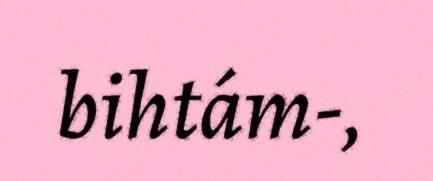
bihtám-,